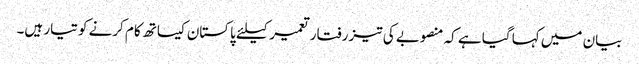
بیان میں کہا گیا ہے کہ منصوبے کی تیز رفتار تعمیر کیلئے پاکستان کیساتھ کام کرنے کو تیار ہیں۔